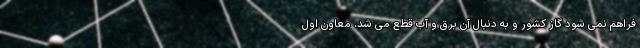
فراهم نمی شود گاز کشور و به دنبال آن برق و آب قطع می شد. معاون اول